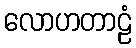
လောဟတာဠံ